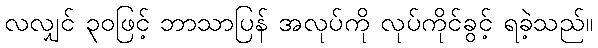
လလျှင် ၃၀ဖြင့် ဘာသာပြန် အလုပ်ကို လုပ်ကိုင်ခွင့် ရခဲ့သည်။